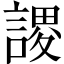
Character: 謖